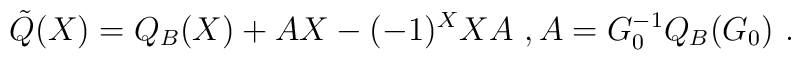
\tilde{Q}(X)=Q_B(X)+A X-(-1)^XX A \ ,A=G_0^{-1} Q_B(G_0) \ .